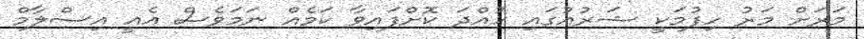
މަރަށް މަރު ހިފުމަކީ ޝަރުއުގައި ހުއްދަ ކޮށްފައިވާ ކަމެއް ނަމަވެސް އެއީ އިސްލާމް